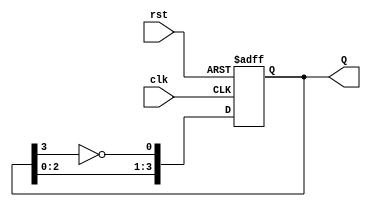
module modified_johnson_counter #(
    parameter N = 4  // Number of flip-flops
)(
    input clk,       // Clock signal
    input rst,       // Asynchronous reset signal
    output reg [N-1:0] Q  // Output state
);

    always @(posedge clk or posedge rst) begin
        if (rst) begin
            Q <= 0;  // Reset state
        end else begin
            // Feedback from the inverted last flip-flop
            Q <= {Q[N-2:0], ~Q[N-1]};
        end
    end

endmodule